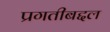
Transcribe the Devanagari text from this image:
प्रगतीबद्दल